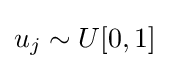
u_{j}\sim U[0,1]